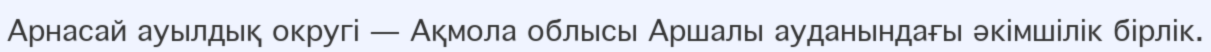
Арнасай ауылдық округі — Ақмола облысы Аршалы ауданындағы әкімшілік бірлік.